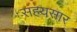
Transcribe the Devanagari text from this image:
सहयसार